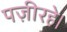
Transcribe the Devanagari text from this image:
पज़ीरहे।